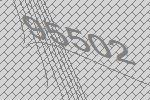
95502